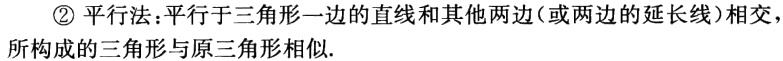
\textcircled{2} 平行法：平行于三角形一边的直线和其他两边（或两边的延长线）相交，所构成的三角形与原三角形相似.